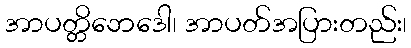
အာပတ္တိဘေဒေါ၊ အာပတ်အပြားတည်း၊